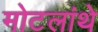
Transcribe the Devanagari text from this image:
मोटलांथे